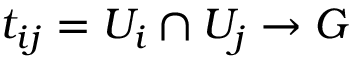
t _ { i j } = U _ { i } \cap U _ { j } \to G